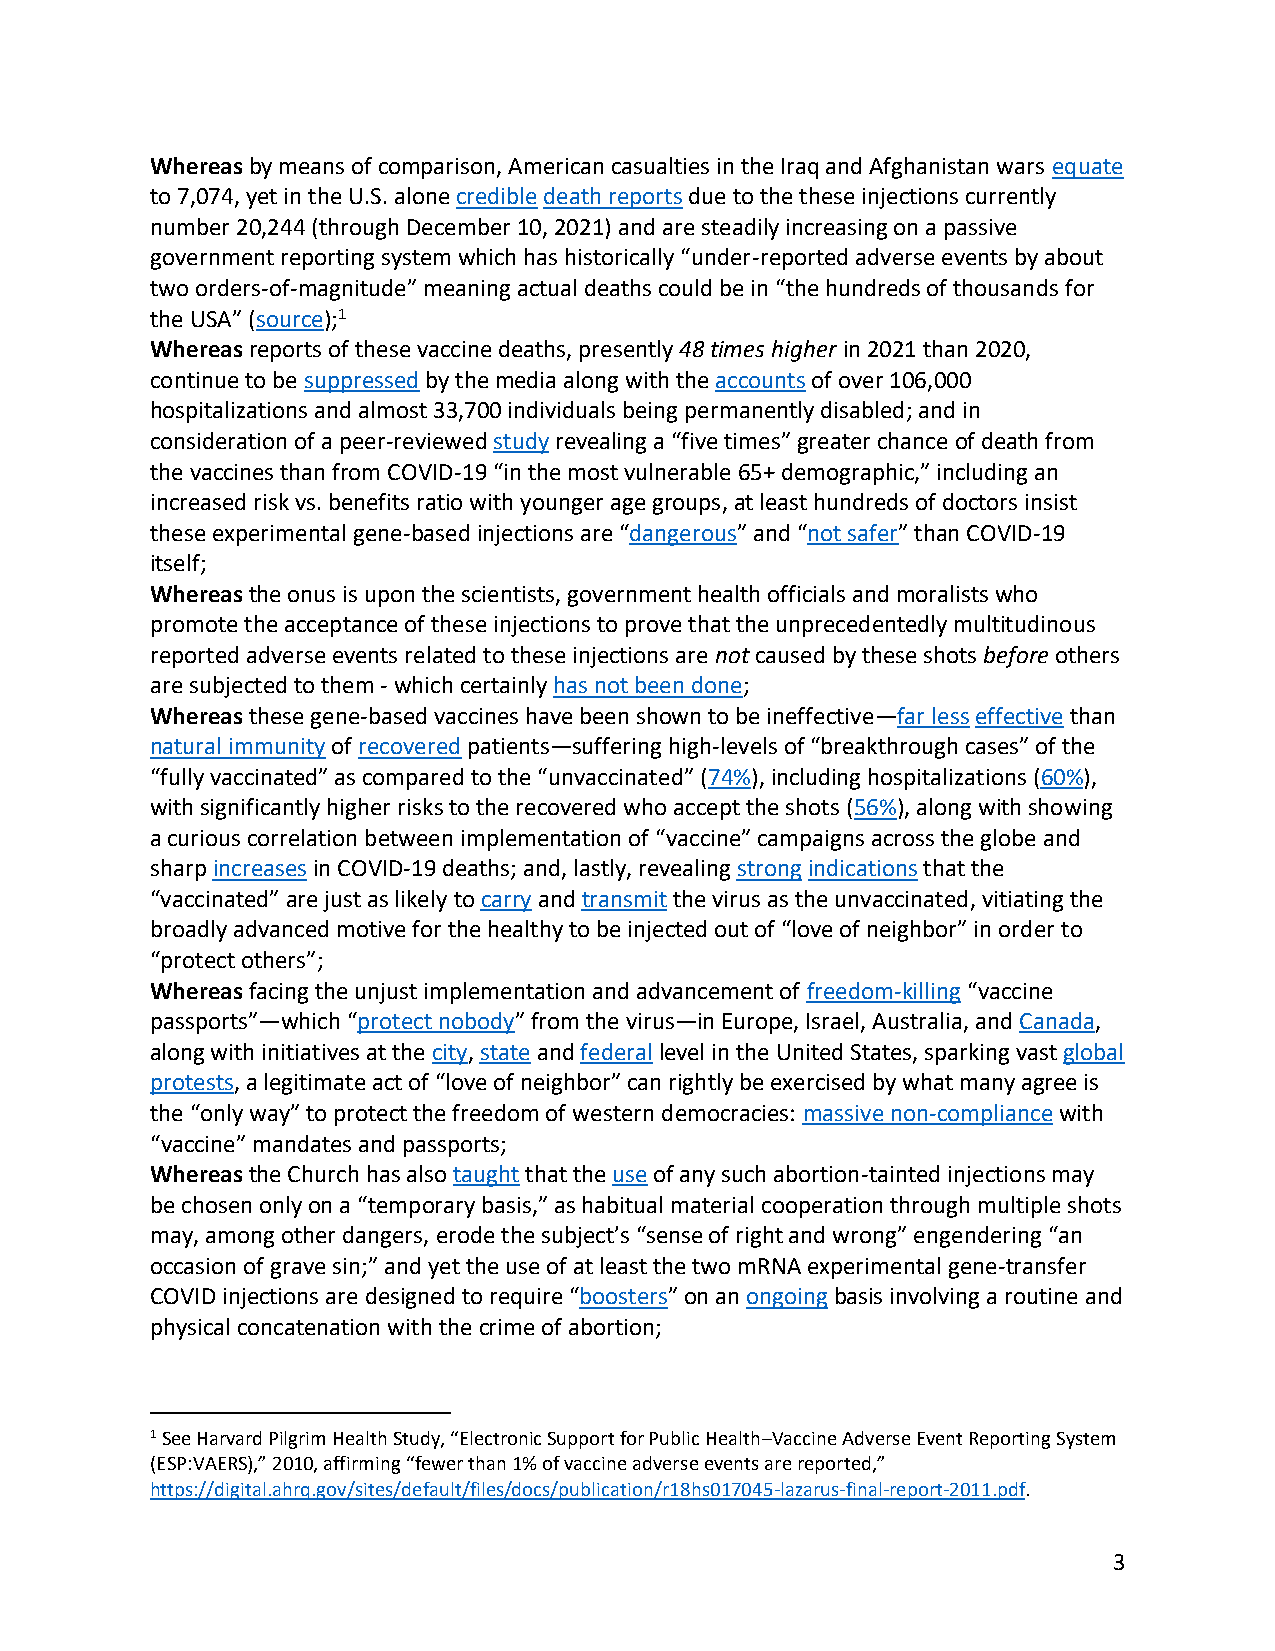
Whereas by means of comparison, American casualties in the Iraq and Afghanistan wars equate
 to 7,074, yet in the U.S. alone credible death reports due to the these injections currently
 number 20,244 (through December 10, 2021) and are steadily increasing on a passive
 government reporting system which has historically “under-reported adverse events by about
 two orders-of-magnitude” meaning actual deaths could be in “the hundreds of thousands for
 the USA” (source);1
 Whereas reports of these vaccine deaths, presently 48 times higher in 2021 than 2020,
 continue to be suppressed by the media along with the accounts of over 106,000
 hospitalizations and almost 33,700 individuals being permanently disabled; and in
 consideration of a peer-reviewed study revealing a “five times” greater chance of death from
 the vaccines than from COVID-19 “in the most vulnerable 65+ demographic,” including an
 increased risk vs. benefits ratio with younger age groups, at least hundreds of doctors insist
 these experimental gene-based injections are “dangerous” and “not safer” than COVID-19
 itself;
 Whereas the onus is upon the scientists, government health officials and moralists who
 promote the acceptance of these injections to prove that the unprecedentedly multitudinous
 reported adverse events related to these injections are not caused by these shots before others
 are subjected to them - which certainly has not been done;
 Whereas these gene-based vaccines have been shown to be ineffective—far less effective than
 natural immunity of recovered patients—suffering high-levels of “breakthrough cases” of the
 “fully vaccinated” as compared to the “unvaccinated” (74%), including hospitalizations (60%),
 with significantly higher risks to the recovered who accept the shots (56%), along with showing
 a curious correlation between implementation of “vaccine” campaigns across the globe and
 sharp increases in COVID-19 deaths; and, lastly, revealing strong indications that the
 “vaccinated” are just as likely to carry and transmit the virus as the unvaccinated, vitiating the
 broadly advanced motive for the healthy to be injected out of “love of neighbor” in order to
 “protect others”;
 Whereas facing the unjust implementation and advancement of freedom-killing “vaccine
 passports”—which “protect nobody” from the virus—in Europe, Israel, Australia, and Canada,
 along with initiatives at the city, state and federal level in the United States, sparking vast global
 protests, a legitimate act of “love of neighbor” can rightly be exercised by what many agree is
 the “only way” to protect the freedom of western democracies: massive non-compliance with
 “vaccine” mandates and passports;
 Whereas the Church has also taught that the use of any such abortion-tainted injections may
 be chosen only on a “temporary basis,” as habitual material cooperation through multiple shots
 may, among other dangers, erode the subject’s “sense of right and wrong” engendering “an
 occasion of grave sin;” and yet the use of at least the two mRNA experimental gene-transfer
 COVID injections are designed to require “boosters” on an ongoing basis involving a routine and
 physical concatenation with the crime of abortion;
 1 See Harvard Pilgrim Health Study, “Electronic Support for Public Health–Vaccine Adverse Event Reporting System
 (ESP:VAERS),” 2010, affirming “fewer than 1% of vaccine adverse events are reported,”
 https://digital.ahrq.gov/sites/default/files/docs/publication/r18hs017045-lazarus-final-report-2011.pdf.
 3